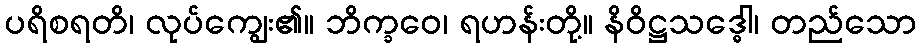
ပရိစရတိ၊ လုပ်ကျွေး၏။ ဘိက္ခဝေ၊ ရဟန်းတို့။ နိဝိဋ္ဌသဒ္ဓေါ၊ တည်သော